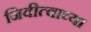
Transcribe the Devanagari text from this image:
जिवीत्वाच्या